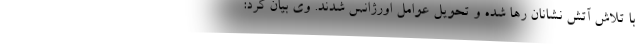
با تلاش آتش نشانان رها شده و تحویل عوامل اورژانس شدند. وی بیان کرد: